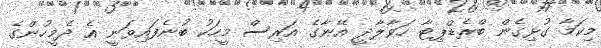
މިކަމާ ގުޅިގެން ބްރެޑްޕިޓާ ހަވާލާދީ އޭނާގެ އަރިސް މީހަކު ބުނެފައިވަނީ އެ ދެމީހުންގެ